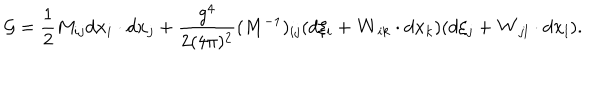
LaTeX: { \cal G } = \frac { 1 } { 2 } M _ { i j } d { \bf x } _ { i } \cdot d { \bf x } _ { j } + \frac { g ^ { 4 } } { 2 ( 4 \pi ) ^ { 2 } } ( M ^ { - 1 } ) _ { i j } ( d \xi _ { i } + { \bf W } _ { i k } \cdot d { \bf x } _ { k } ) ( d \xi _ { j } + { \bf W } _ { j l } \cdot d { \bf x } _ { l } ) .